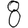
Digit: 8